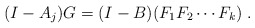
\begin{align*}(I-A_j)G = (I-B) (F_1F_2\cdots F_k ) \ .\end{align*}